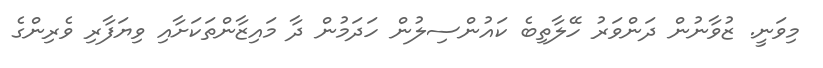
މިވަނީ. ޒުވާނުން ދަންވަރު ހޭލާތިބެ ކައުންސިލުން ހަދަމުން ދާ މައިޒާންތަކަށާއި ވިޔަފާރި ވެރިންގެ